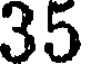
35